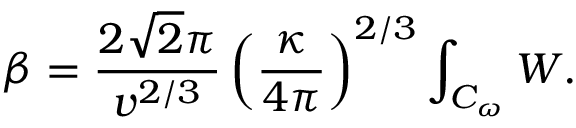
\beta = \frac { 2 \sqrt { 2 } \pi } { v ^ { 2 / 3 } } \left( \frac { \kappa } { 4 \pi } \right) ^ { 2 / 3 } \int _ { { \cal { C } } _ { \omega } } { W } .